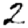
Digit: 2